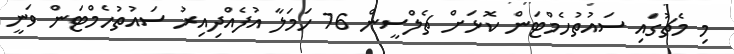
މި މެޗުގައި ސައުތުހެމްޓަން ކޮޅަށް ޗެލްސީން 16 ހަމަލާ އުފެއްދިއިރު ސައުތުހެމްޓަން ވަނީ